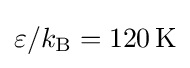
\varepsilon /k_{\mathrm {B} }=120\,\mathrm {K}